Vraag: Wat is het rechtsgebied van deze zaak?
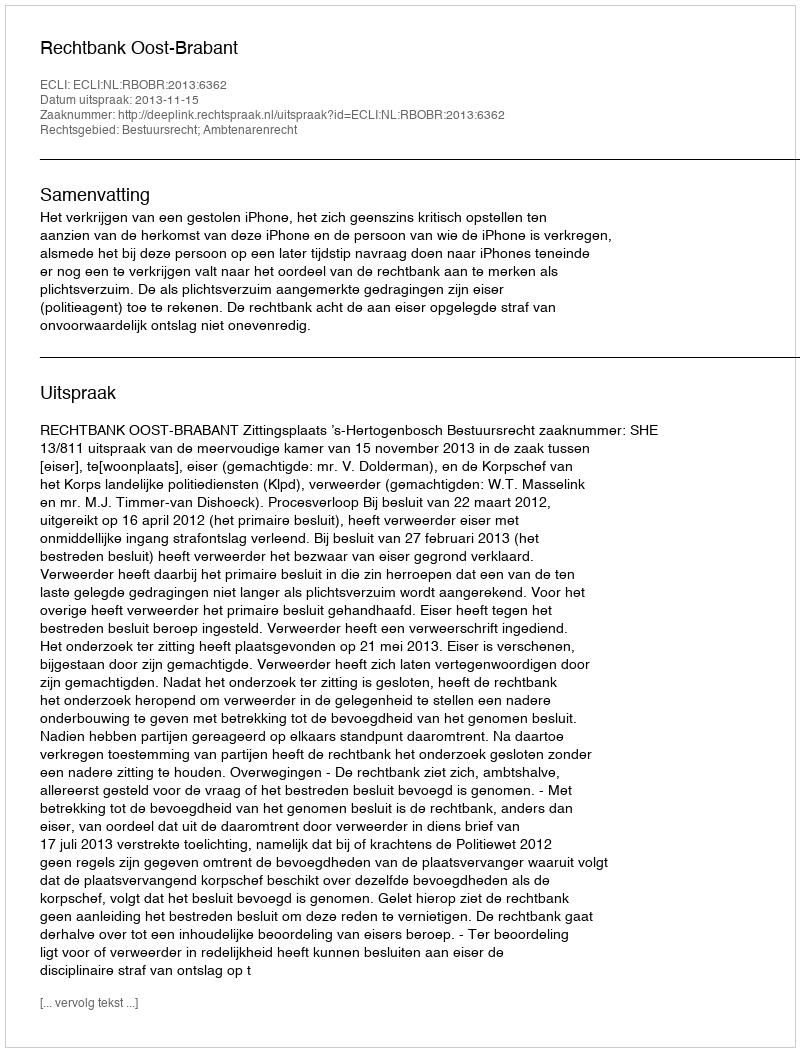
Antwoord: Bestuursrecht; Ambtenarenrecht